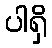
ပါရှိ